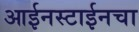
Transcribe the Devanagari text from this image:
आईनस्टाईनचा